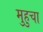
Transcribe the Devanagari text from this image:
मुहुचा